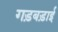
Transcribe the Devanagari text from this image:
गड़बड़ाई